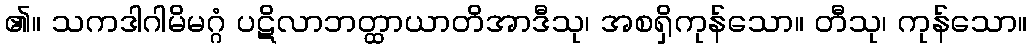
၏။ သကဒါဂါမိမဂ္ဂံ ပဋိလာဘတ္ထာယာတိအာဒီသု၊ အစရှိကုန်သော။ တီသု၊ ကုန်သော။